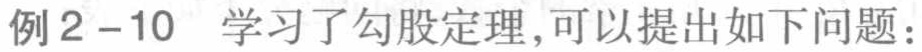
例2 - 10 学习了勾股定理，可以提出如下问题：